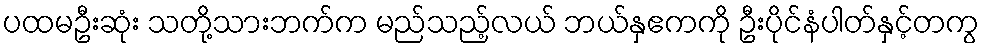
ပထမဦးဆုံး သတို့သားဘက်က မည်သည့်လယ် ဘယ်နှဧကကို ဦးပိုင်နံပါတ်နှင့်တကွ